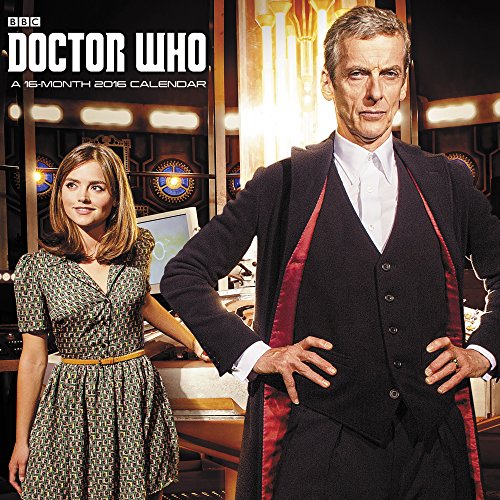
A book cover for Doctor Who Wall Calendar (2016); Day Dream; Humor & Entertainment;